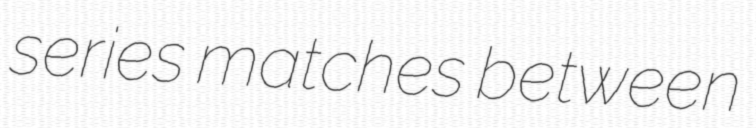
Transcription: series matches between